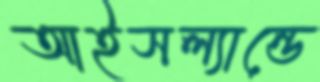
আইসল্যান্ডে